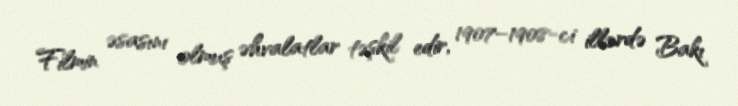
Filmin əsasını olmuş əhvalatlar təşkil edir, 1907–1908-ci illərdə Bakı